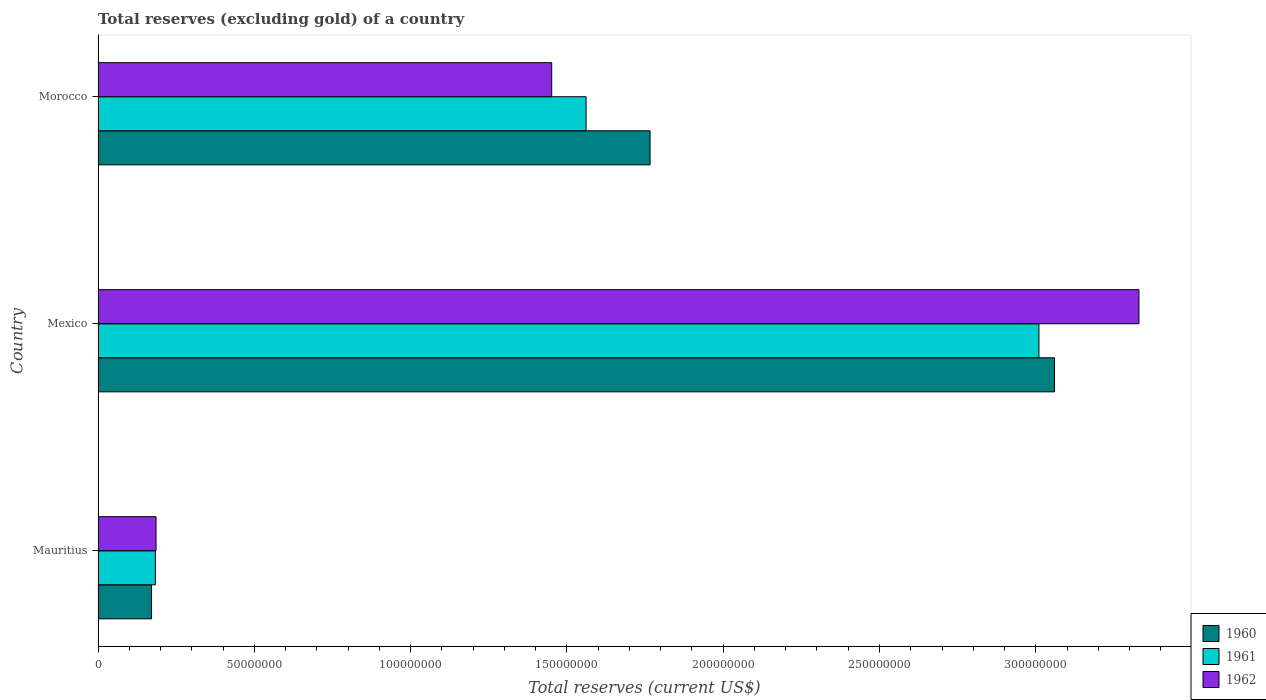
| Country | 1960 | 1961 | 1962 |
 | --- | --- | --- | --- |
 | Mauritius | 1.71e+07 | 1.83e+07 | 1.86e+07 |
 | Mexico | 3.06e+08 | 3.01e+08 | 3.33e+08 |
 | Morocco | 1.77e+08 | 1.56e+08 | 1.45e+08 |